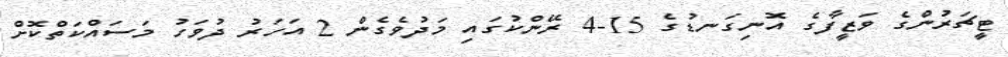
ޓީޗަރުންގެ ވަޒީފާގެ އޮނިގަނޑުގެ 15-4 ރޭންކުގައި މަދުވެގެން 2 އަހަރު ދުވަހު މަސައްކަތްކޮށް